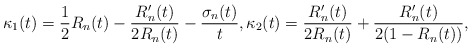
\begin{align*}\begin{aligned}\kappa_1(t)=\frac{1}{2}R_n(t)-\frac{R_n'(t)}{2R_n(t)}-\frac{\sigma _n(t)}{t},\kappa_2(t)=\frac{R_n'(t)}{2 R_n(t)}+\frac{R_n'(t)}{2(1-R_n(t))},\end{aligned}\end{align*}